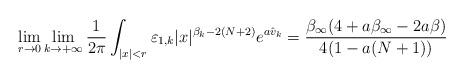
LaTeX: \begin{align*} \lim_{r\to0}\lim_{k\to+\infty}\frac{1}{2\pi}\int_{|x|<r} \varepsilon_{1,k} |x|^{\beta_k - 2(N+2)} e^{a \hat{v}_k} = \frac{\beta_\infty (4+ a \beta_\infty - 2 a \beta)}{4(1-a(N+1))}\end{align*}